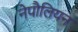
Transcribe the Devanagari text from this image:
नेपौलियन